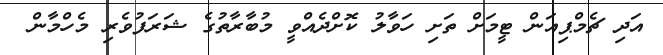
އަދި ޗެމްޕިއަން ޓީމަށް ތަށި ހަވާލު ކޮށްދެއްވީ މުބާރާތުގެ ޝަރަފުވެރި މެހްމާން